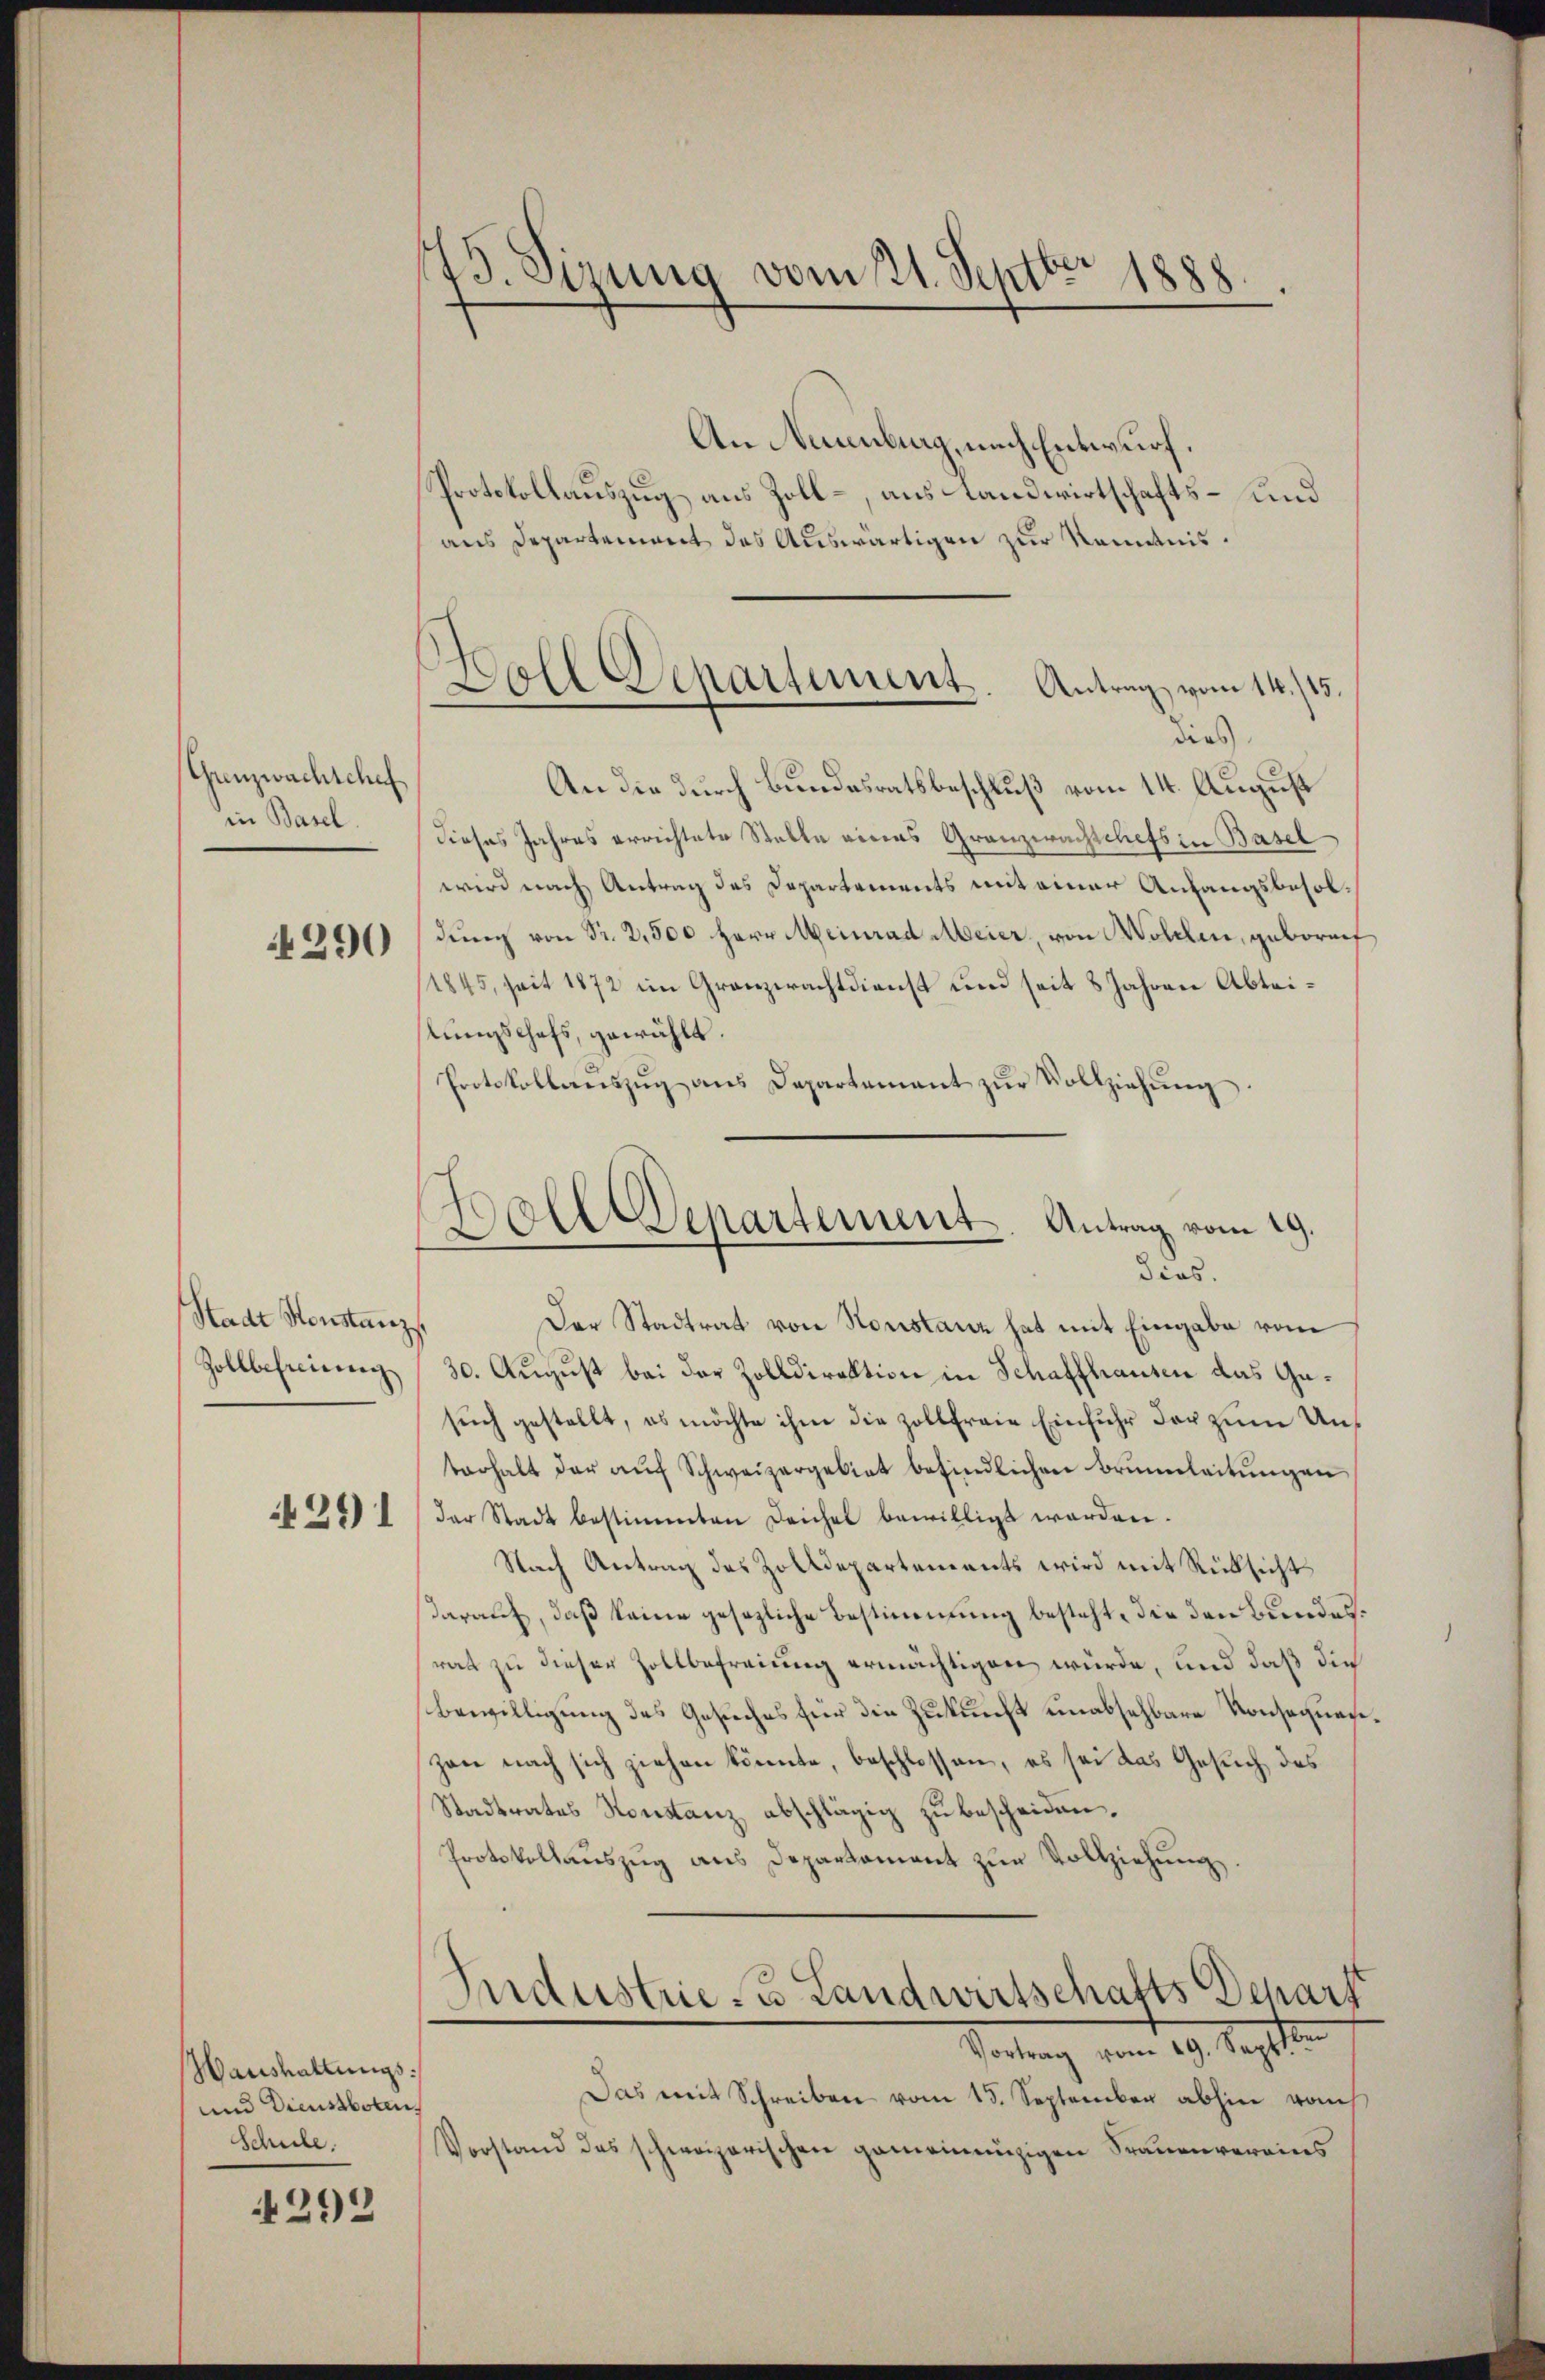
Grenzwachschaf
in Basel.

4290

Stadt Konstanz
Zollbefreiung

4291

Haushaltungs¬
und Dienstboten,
Schule.

4292

73. Sizung vom 21. Septbr. 1888.

Coll Departement. Antrag vom 14./25.
dies

An Neuenburg, nach Entwurf.
Protokollauszug aus Zoll-, aus Landwirtschafts- und
aus Departement des Auswärtigen zur Kenntnis.
An die durch Bundesratsbeschluß vom 14. August
dieses Jahres errichtete Stelle eines Granzwachschefs in Basel
wird nach Antrag des Departements mit einer Anfangsbesoldung von Sr. 2,500 Herr Meinrad Meier, von Wolden, gebornef
11845, seit 1872 im Granzerachtdienst und seit 8 Jahren Abteistungschefs, gewählt.
Protokollanszŭg ans Departement zŭr Vollziehŭng.

Holl Departement Antrag vom 29.
dias.

Der Stadtrat von Horstanz hat mit Eingabe vom
30. August bei der Zolldirektion in Schaffhausen das Gesuch gestellt, es möchte ihm die Zollfreie Einfuhr der zum Unterhalt der aŭf Schweizergebiet befindlichen Brŭnnleitŭngen
der Stadt bestimmten Leichel bewilligt werden.
Nach Antrag des Zolldepartements wird mit Rücksicht
darauf, daß keine gesezliche Bestimmung besteht, die den Bundesrat zu dieser Zollbefreiung ermächtigen würde, und daß die
Bewilligung des Gesuches für die Zukunft unabsehbare Konsequen¬
Zone nach sich ziehen könnte, beschlossen, es sei das Gesuch des
Stadtrates Konstanz abschlägig zu bescheiden.
Protokollauszug aus Departament zur Vollziehung.
Industrie - Landwirtschafts-Depart
Vortrag vom 29. Septem
Das mit Schreiben vom 15. September abhin von
Vorstand des schweizerischen gemeinanzigen Frauenvereins